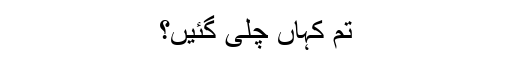
تم کہاں چلی گئیں؟